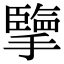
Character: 擥